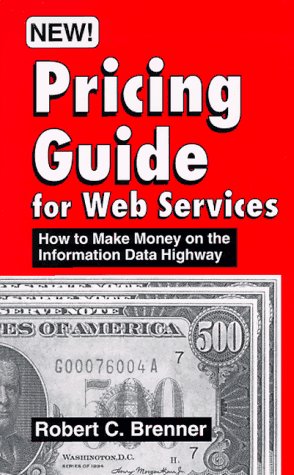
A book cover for Pricing Guide for Web Services: How to Make Money on the Information Data Highway; Robert C. Brenner; Business & Money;